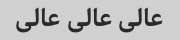
عالی عالی عالی